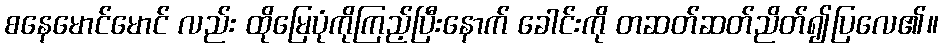
စနေမောင်မောင် လည်း ထိုမြေပုံကိုကြည့်ပြီးနောက် ခေါင်းကို တဆတ်ဆတ်ညိတ်၍ပြလေ၏။